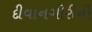
દીવાનગીરીની